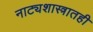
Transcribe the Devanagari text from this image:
नाट्यशास्त्रातही